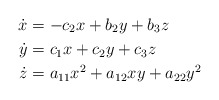
\begin{align*}\dot{x} &= -c_2 x + b_2y + b_3 z \\ \dot{y}&= c_1x + c_2 y + c_3 z \\\dot{z}&= a_{11}x^2 + a_{12} xy + a_{22} y^2\end{align*}